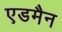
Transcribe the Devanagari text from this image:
एडमैन